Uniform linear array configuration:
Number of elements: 4
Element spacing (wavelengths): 1
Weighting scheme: blackman
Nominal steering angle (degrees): -30
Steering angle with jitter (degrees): -30.513
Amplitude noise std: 0.05
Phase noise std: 0.05

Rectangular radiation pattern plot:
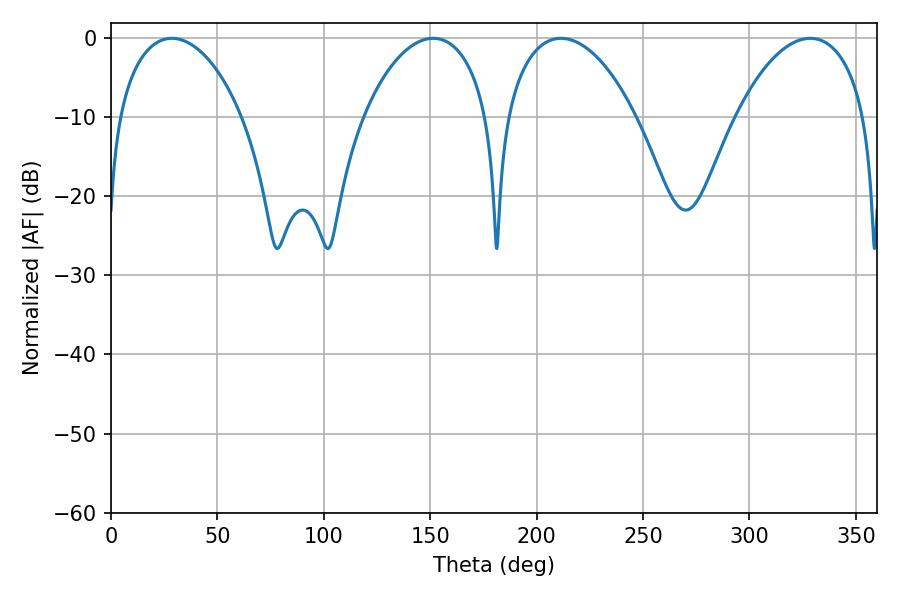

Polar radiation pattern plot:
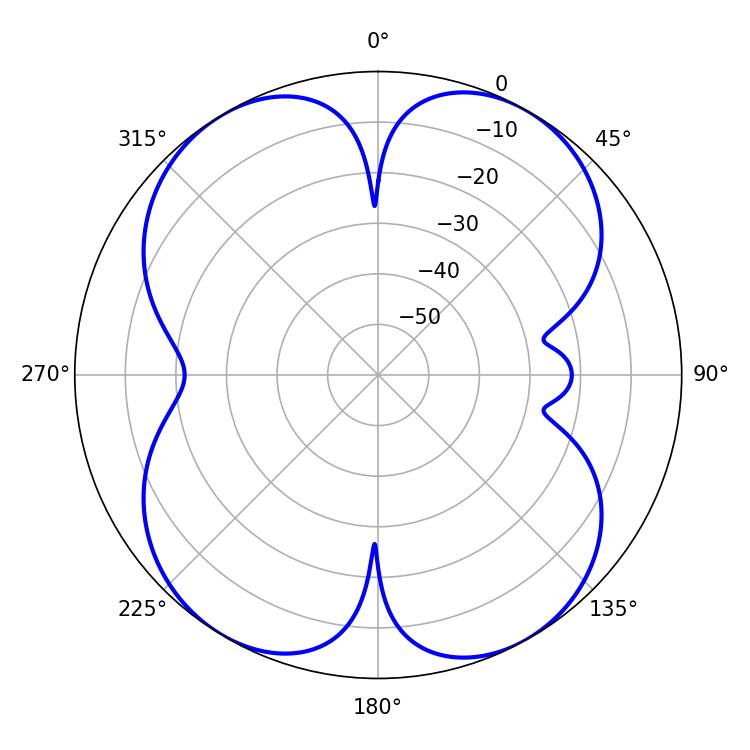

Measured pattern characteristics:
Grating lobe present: TRUE
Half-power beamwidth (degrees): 33.3
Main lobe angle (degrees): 28.62